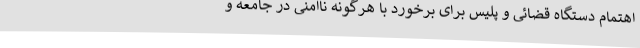
اهتمام دستگاه قضائی و پلیس برای برخورد با هرگونه ناامنی در جامعه و